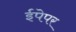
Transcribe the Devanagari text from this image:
ईपेपर